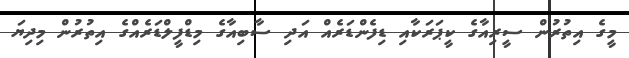
މީގެ އިތުރުން ސީރިއާގެ ކީޕަރަކާއި ޑިފެންޑަރެއް އަދި ސާބިއާގެ މިޑްފީލްޑަރެއްގެ އިތުރުން މިދިޔަ